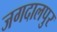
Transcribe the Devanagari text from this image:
जगदालपुर